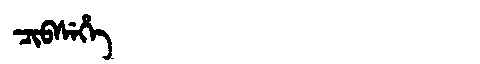
Manchu: ᠴᡳᠪᠰᡝᡥᡝ
Romanization: CIBSEHE